Report of the Hyderabad Chloroform Commission
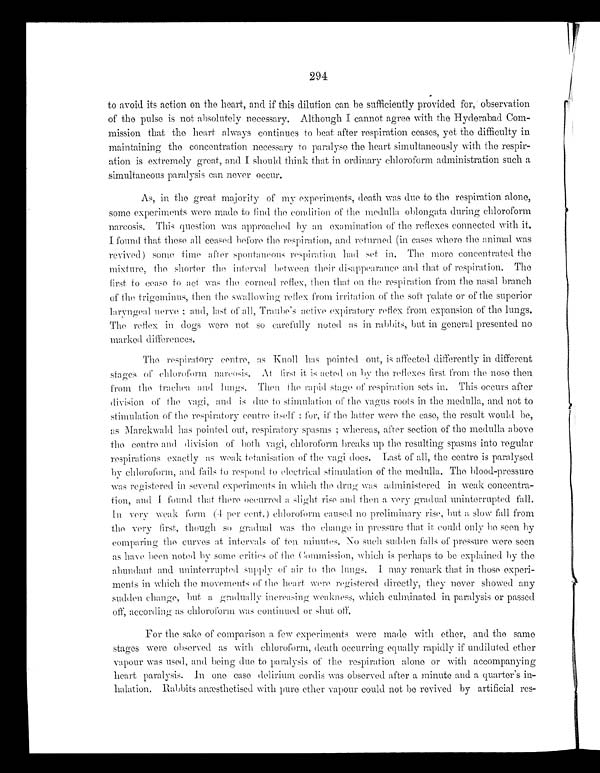
294
to avoid its action on the heart, and if this dilution can be sufficiently provided for, observation
of the pulse is not absolutely necessary. Although I cannot agree with the Hyderabad Com
- m i s s i o n t h a t t h e h e a r t a l w a y s c o n t i n u e s t o b e a t a f t e r r e s p i r a t i o n c e a s e s , y e t t h e d i f f i c u l t y i n
maintaining the concentration necessary to paralyse the heart simultaneously with the respir-
tion is extremely great, and I should think that in ordinary chloroform administration such a
simultaneous paralysis can never occur.
As, in the great majority of my experiments, death was due to the respiration alone,
some experiments were made to find the condition of the medulla oblongata during chloroform
narcosis. This question was approached by an examination of the reflexes connected with it.
I found that these all ceased before the respiration, and returned (in cases where the animal was
revived) some time after spontaneous respiration had set in. The more concentrated the
mixture, the shorter the interval between their disappearance and that of respiration. The
first to cease to act was the corneal reflex, then that on the respiration from the nasal branch
of the trigeminus, then the swallowing reflex from irritation of the soft palate or of the superior
laryngeal nerve; and, last of all, Traube's active expiratory reflex from expansion of the lungs.
The reflex in dogs were not so carefully noted as in rabbits, but in general presented no
marked differences.
The respiratory centre, as Knoll has pointed out, is affected differently in different
stages of chloroform narcosis. At first it is acted on by the reflexes first from the nose then
from the trachea and lungs. Then the rapid stage of respiration sets in. This occurs after
di vi si on of t he vagi , and i s due t o st i mul at i on of t he vagus r oot s i n t he medul l a, and not t o
stimulation of the respiratory centre itself; for, if the latter were the case, the result would be,
as Marckwald has pointed out, respiratory spasms; whereas, after section of the medulla above
the centre and division of both vagi, chloroform breaks up the resulting spasms into regular
respirations exactly as weak tetanisation of the vagi does. Last of all, the centre is paralysed
by chloroform, and fails to respond to electrical stimulation of the medulla. The blood-pressure
was registered in several experiments in which the drug was administered in weak concentra-
tion, and I found that there occurred a slight rise and then a very gradual uninterrupted fall.
In very weak form (4 per cent.) chloroform caused no preliminary rise, but a slow fall from
the very first, though so gradual was the change in pressure that it could only be seen by
comparing the curves at intervals of ten minutes. No such sudden falls of pressure were seen
as have been noted by some critics of the Commission, which is perhaps to be explained by the
abundant and uninterrupted supply of air to the
lungs. I may remark that in those experi-
ments in which the movements of the heart were registered directly, they never showed any
sudden change, but gradually increasing weakness, which culminated in paralysis or passed
off, according as chloroform was continued or shut off.
For the sake of comparison a few experiments were made with ether, and the same
stages were observed as with chloroform, death occurring equally rapidly if undiluted ether
vapour was used, and being due to paralysis of the respiration alone or with accompanying
heart paralysis. In one case delirium cordis was observed after a minute and a quarter's in
-halation. Rabbits anæsthetised with pure ether vapour could not be revived by artificial res-